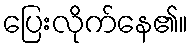
ပြေးလိုက်နေ၏။